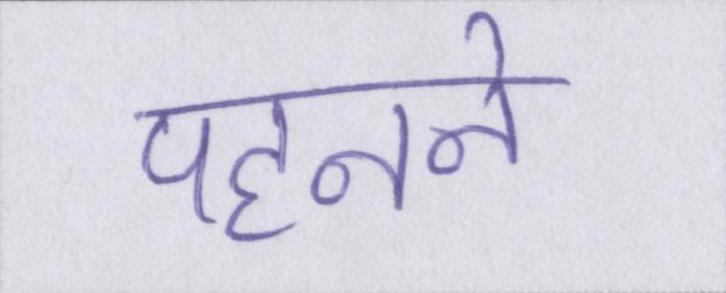
पहनने